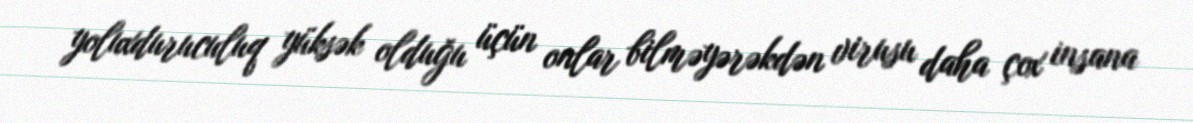
yoluxduruculuq yüksək olduğu üçün onlar bilməyərəkdən virusu daha çox insana